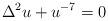
LaTeX: \begin{align*}\Delta^2 u + u^{-7} = 0\end{align*}